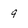
Character: 4